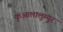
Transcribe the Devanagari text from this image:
कुआलालुम्पुर